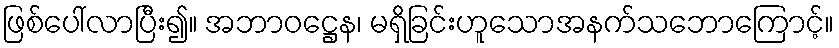
ဖြစ်ပေါ်လာပြီး၍။ အဘာဝဋ္ဌေန၊ မရှိခြင်းဟူသောအနက်သဘောကြောင့်။